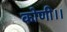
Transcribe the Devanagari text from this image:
कोणी।।